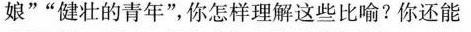
娘”“健壮的青年”你怎样理解这些比喻?你还能